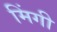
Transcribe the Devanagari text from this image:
मिंगी